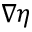
\nabla \eta